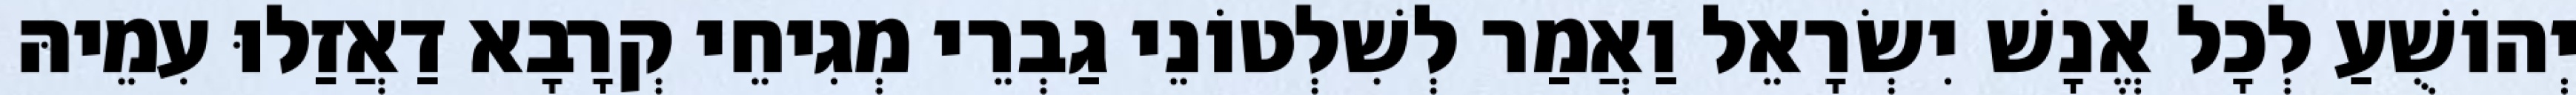
יְהוֹשֻׁעַ לְכָל אֱנָשׁ יִשְׂרָאֵל וַאֲמַר לְשִׁלְטוֹנֵי גַבְרֵי מְגִיחֵי קְרָבָא דַאֲזַלוּ עִמֵיהּ